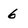
Character: 6